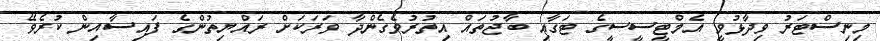
މިނިސްޓަރު ވިދާޅުވީ އެމްޓީސީސީގެ ޓަގާއި ބާޖުތައް އިތުރުވެގެންދާ ވަރަކަށް ރައްޔިތުންގެ ފައިސާއިން ކުރެވޭ